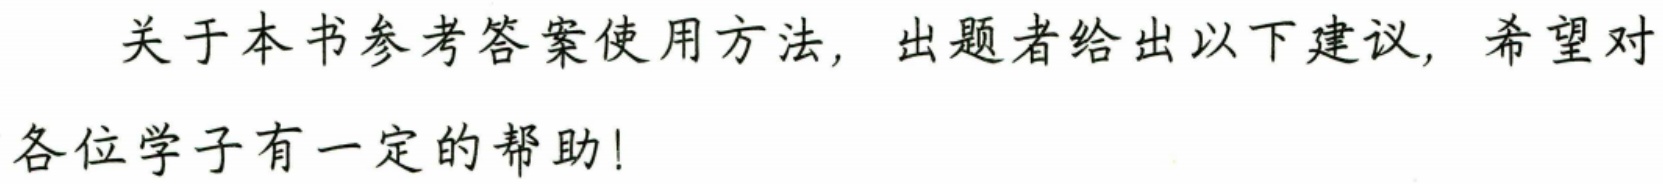
关于本书参考答案使用方法，出题者给出以下建议，希望对各位学子有一定的帮助!